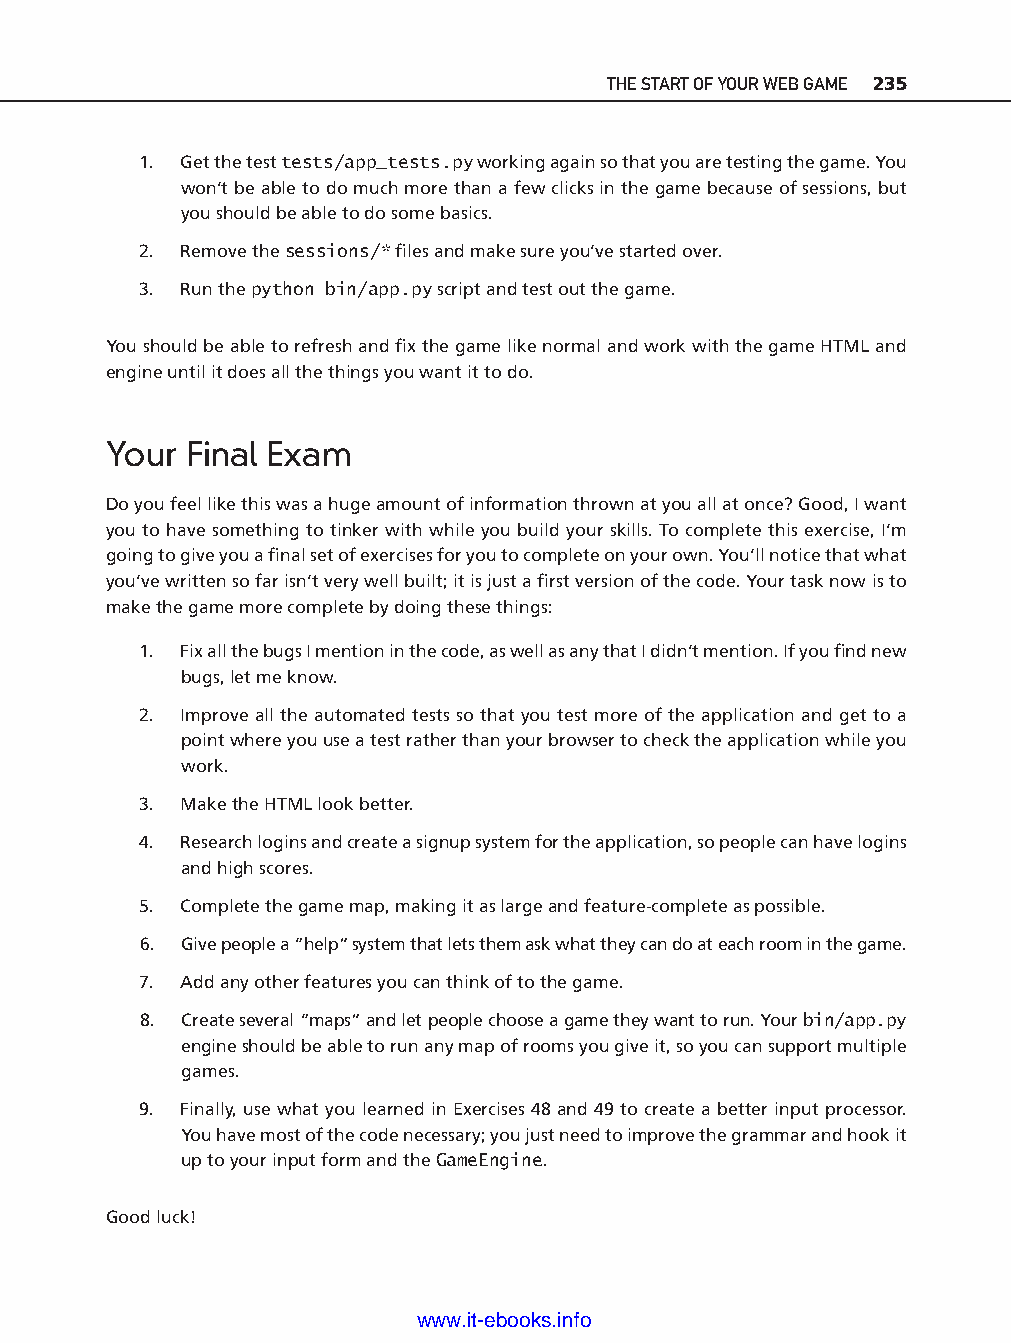
THE START OF YOUR WEB GAME 235
 1. Get the test tests/app_tests.py working again so that you are testing the game. You
 won’t be able to do much more than a few clicks in the game because of sessions, but
 you should be able to do some basics.
 2. Remove the sessions/* fi les and make sure you’ve started over.
 3. Run the python bin/app.py script and test out the game.
 You should be able to refresh and fi x the game like normal and work with the game HTML and
 engine until it does all the things you want it to do.
 Your  Final Exam
 Do you feel like this was a huge amount of information thrown at you all at once? Good, I want
 you to have something to tinker with while you build your skills. To complete this exercise, I’m
 going to give you a fi nal set of exercises for you to complete on your own. You’ll notice that what
 you’ve written so far isn’t very well built; it is just a fi rst version of the code. Your task now is to
 make the game more complete by doing these things:
 1. Fix all the bugs I mention in the code, as well as any that I didn’t mention. If you fi nd new
 bugs, let me know.                                                       ptg11539604
 2. Improve all the automated tests so that you test more of the application and get to a
 point where you use a test rather than your browser to check the application while you
 work.
 3. Make the HTML look better.
 4. Research logins and create a signup system for the application, so people can have logins
 and high scores.
 5. Complete the game map, making it as large and feature-c omplete as possible.
 6. Give people a “help” system that lets them ask what they can do at each room in the game.
 7. Add any other features you can think of to the game.
 8. Create several “maps” and let people choose a game they want to run. Your bin/app.py
 engine should be able to run any map of rooms you give it, so you can support multiple
 games.
 9. Finally, use what you learned in Exercises 48 and 49 to create a better input processor.
 You have most of the code necessary; you just need to improve the grammar and hook it
 up to your input form and the GameEngine.
 Good luck!
 www.it-ebooks.info